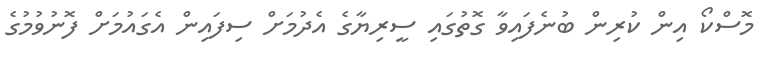
މޮސްކޯ އިން ކުރިން ބުނެފައިވާ ގޮތުގައި ސީރިޔާގެ އެދުމަށް ސިފައިން އެގައުމަށް ފޮނުވުމުގެ